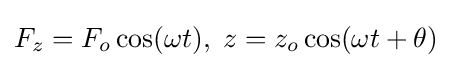
F_{z}=F_{o}\cos(\omega t),\;z=z_{o}\cos(\omega t+\theta )\,\!